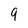
Character: 9